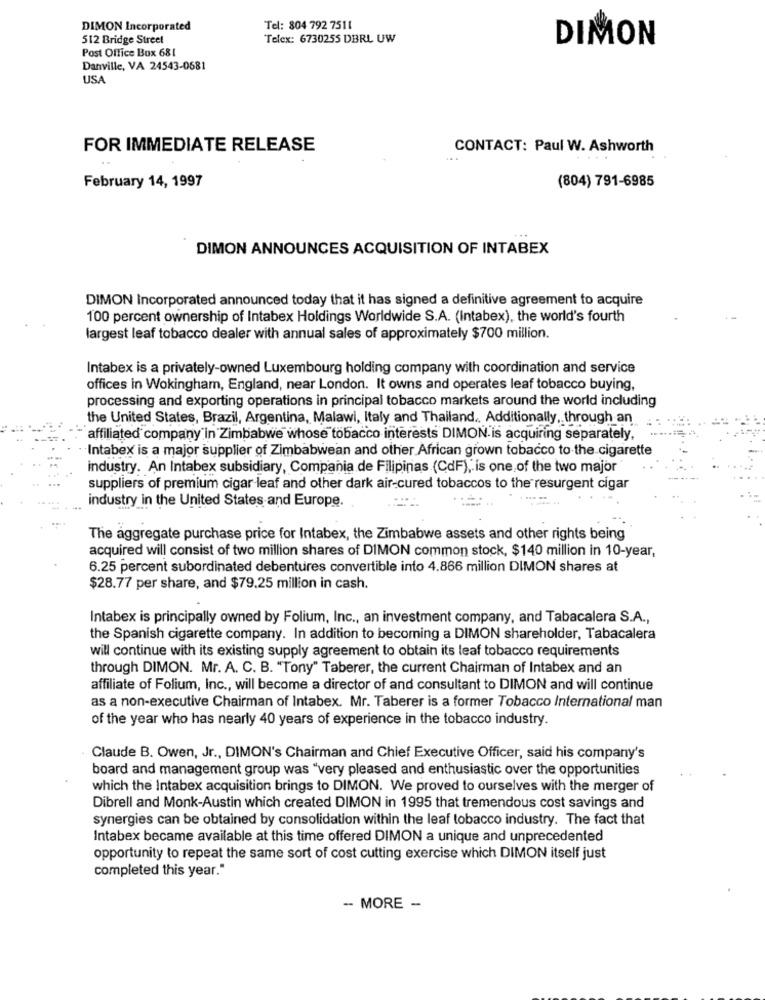
DIMON Incorporated
Tel: 804 792 7511
512 Bridge Street
Telex: 6730255 DBRL UW
DIMON
Post Office Box 681
Danville, VA 24543-0681
USA
FOR IMMEDIATE RELEASE
CONTACT: Paul W. Ashworth
(804) 791-6985
February 14, 1997
DIMON ANNOUNCES ACQUISITION OF INTABEX
DIMON Incorporated announced today that it has signed a definitive agreement to acquire
100 percent ownership of Intabex Holdings Worldwide S.A. (Intabex), the world's fourth
largest leaf tobacco dealer with annual sales of approximately $700 million.
Intabex is a privately-owned Luxembourg holding company with coordination and service
offices in Wokingham, England, near London. It owns and operates leaf tobacco buying,
processing and exporting operations in principal tobacco markets around the world including
the United States, Brazil, Argentina, Malawi, Italy and Thailand .. Additionally, through an
affiliated company in Zimbabwe whose tobacco interests DIMON is acquiring separately,
Intabex is a major supplier of Zimbabwean and other African grown tobacco to the cigarette
industry. An Intabex subsidiary, Compania de Filipinas (CdF), is one of the two major
suppliers of premium cigar leaf and other dark air-cured tobaccos to the resurgent cigar
industry in the United States and Europe.
The aggregate purchase price for Intabex, the Zimbabwe assets and other rights being
acquired will consist of two million shares of DIMON common stock, $140 million in 10-year,
6.25 percent subordinated debentures convertible into 4.866 million DIMON shares at
$28.77 per share, and $79.25 million in cash.
Intabex is principally owned by Folium, Inc ., an investment company, and Tabacalera S.A .,
the Spanish cigarette company. In addition to becoming a DIMON shareholder, Tabacalera
will continue with its existing supply agreement to obtain its leaf tobacco requirements
through DIMON. Mr. A. C. B. "Tony" Taberer, the current Chairman of Intabex and an
affiliate of Folium, Inc ., will become a director of and consultant to DIMON and will continue
as a non-executive Chairman of Intabex. Mr. Taberer is a former Tobacco International man
of the year who has nearly 40 years of experience in the tobacco industry.
Claude B. Owen, Jr ., DIMON's Chairman and Chief Executive Officer, said his company's
board and management group was "very pleased and enthusiastic over the opportunities
which the Intabex acquisition brings to DIMON. We proved to ourselves with the merger of
Dibrell and Monk-Austin which created DIMON in 1995 that tremendous cost savings and
synergies can be obtained by consolidation within the leaf tobacco industry. The fact that
Intabex became available at this time offered DIMON a unique and unprecedented
opportunity to repeat the same sort of cost cutting exercise which DIMON itself just
completed this year."
-- MORE -